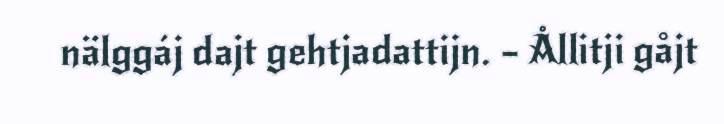
nälggáj dajt gehtjadattijn. – Ållitji gåjt